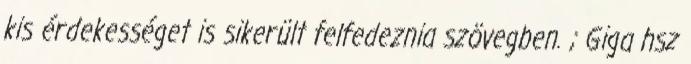
kis érdekességet is sikerült felfedeznia szövegben. ; Giga hsz